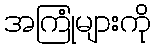
အကြုံများကို